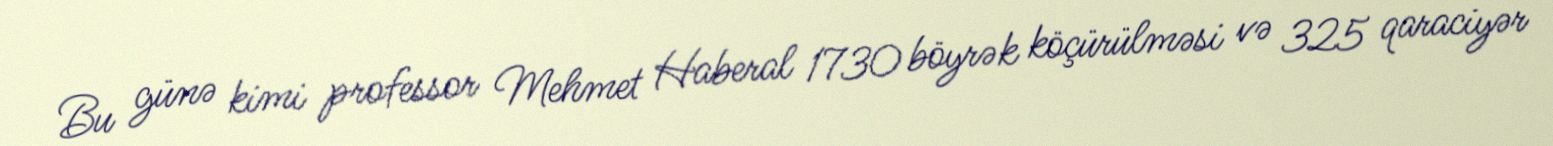
Bu günə kimi professor Mehmet Haberal 1730 böyrək köçürülməsi və 325 qaraciyər